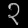
Digit: ၃